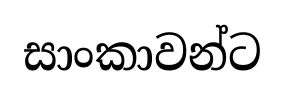
සාංකාවන්ට